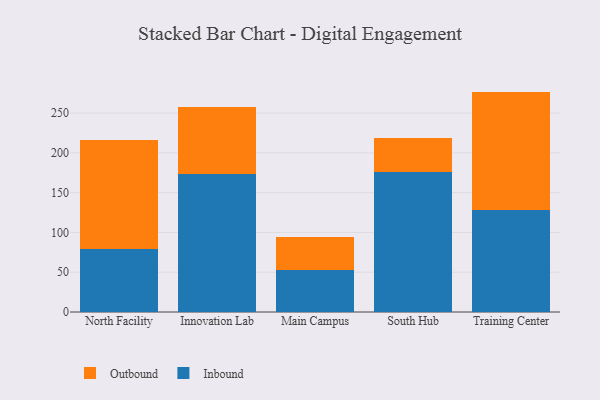
{"axis": {"x": "Campus", "y": "Conversion Rate (%)"}, "legend": ["Inbound", "Outbound"], "data": [{"x": "North Facility", "y": 79.7, "type": "Inbound"}, {"x": "North Facility", "y": 136.1, "type": "Outbound"}, {"x": "Innovation Lab", "y": 174.0, "type": "Inbound"}, {"x": "Innovation Lab", "y": 83.4, "type": "Outbound"}, {"x": "Main Campus", "y": 52.6, "type": "Inbound"}, {"x": "Main Campus", "y": 42.2, "type": "Outbound"}, {"x": "South Hub", "y": 175.5, "type": "Inbound"}, {"x": "South Hub", "y": 43.3, "type": "Outbound"}, {"x": "Training Center", "y": 127.7, "type": "Inbound"}, {"x": "Training Center", "y": 149.3, "type": "Outbound"}]}